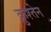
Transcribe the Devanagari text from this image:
क्रुश्तेन